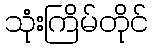
သုံးကြိမ်တိုင်